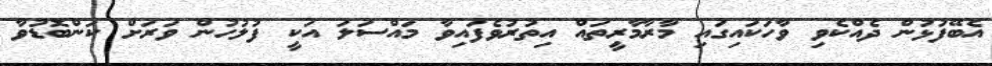
އެބޭފުޅުން ދެއްކެވި ވާހަކައިގައި މާރާމާރީތައް އިތުރުވެފައިވާ މައްސަލަ އަކީ ފުލުހުން ވަރަށް ކަންބޮޑުވާ